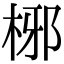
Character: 㭨